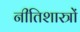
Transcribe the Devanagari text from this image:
नीतिशास्त्रों